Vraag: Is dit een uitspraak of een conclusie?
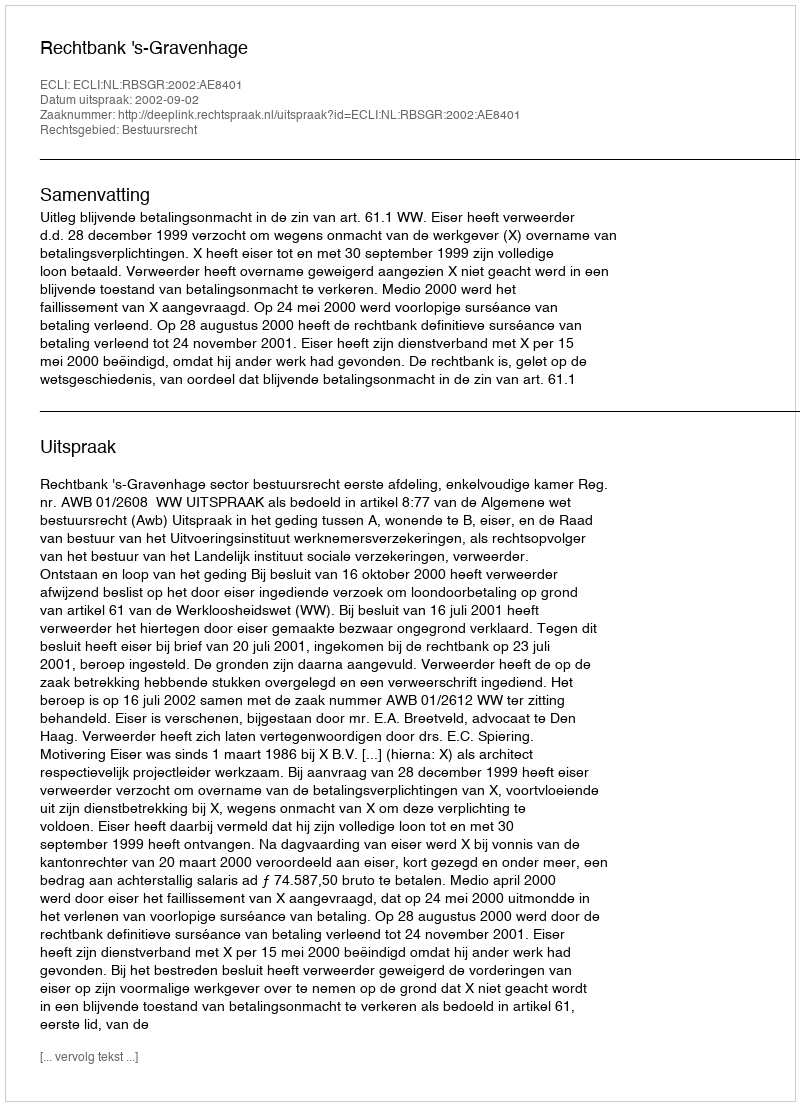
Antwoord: Uitspraak